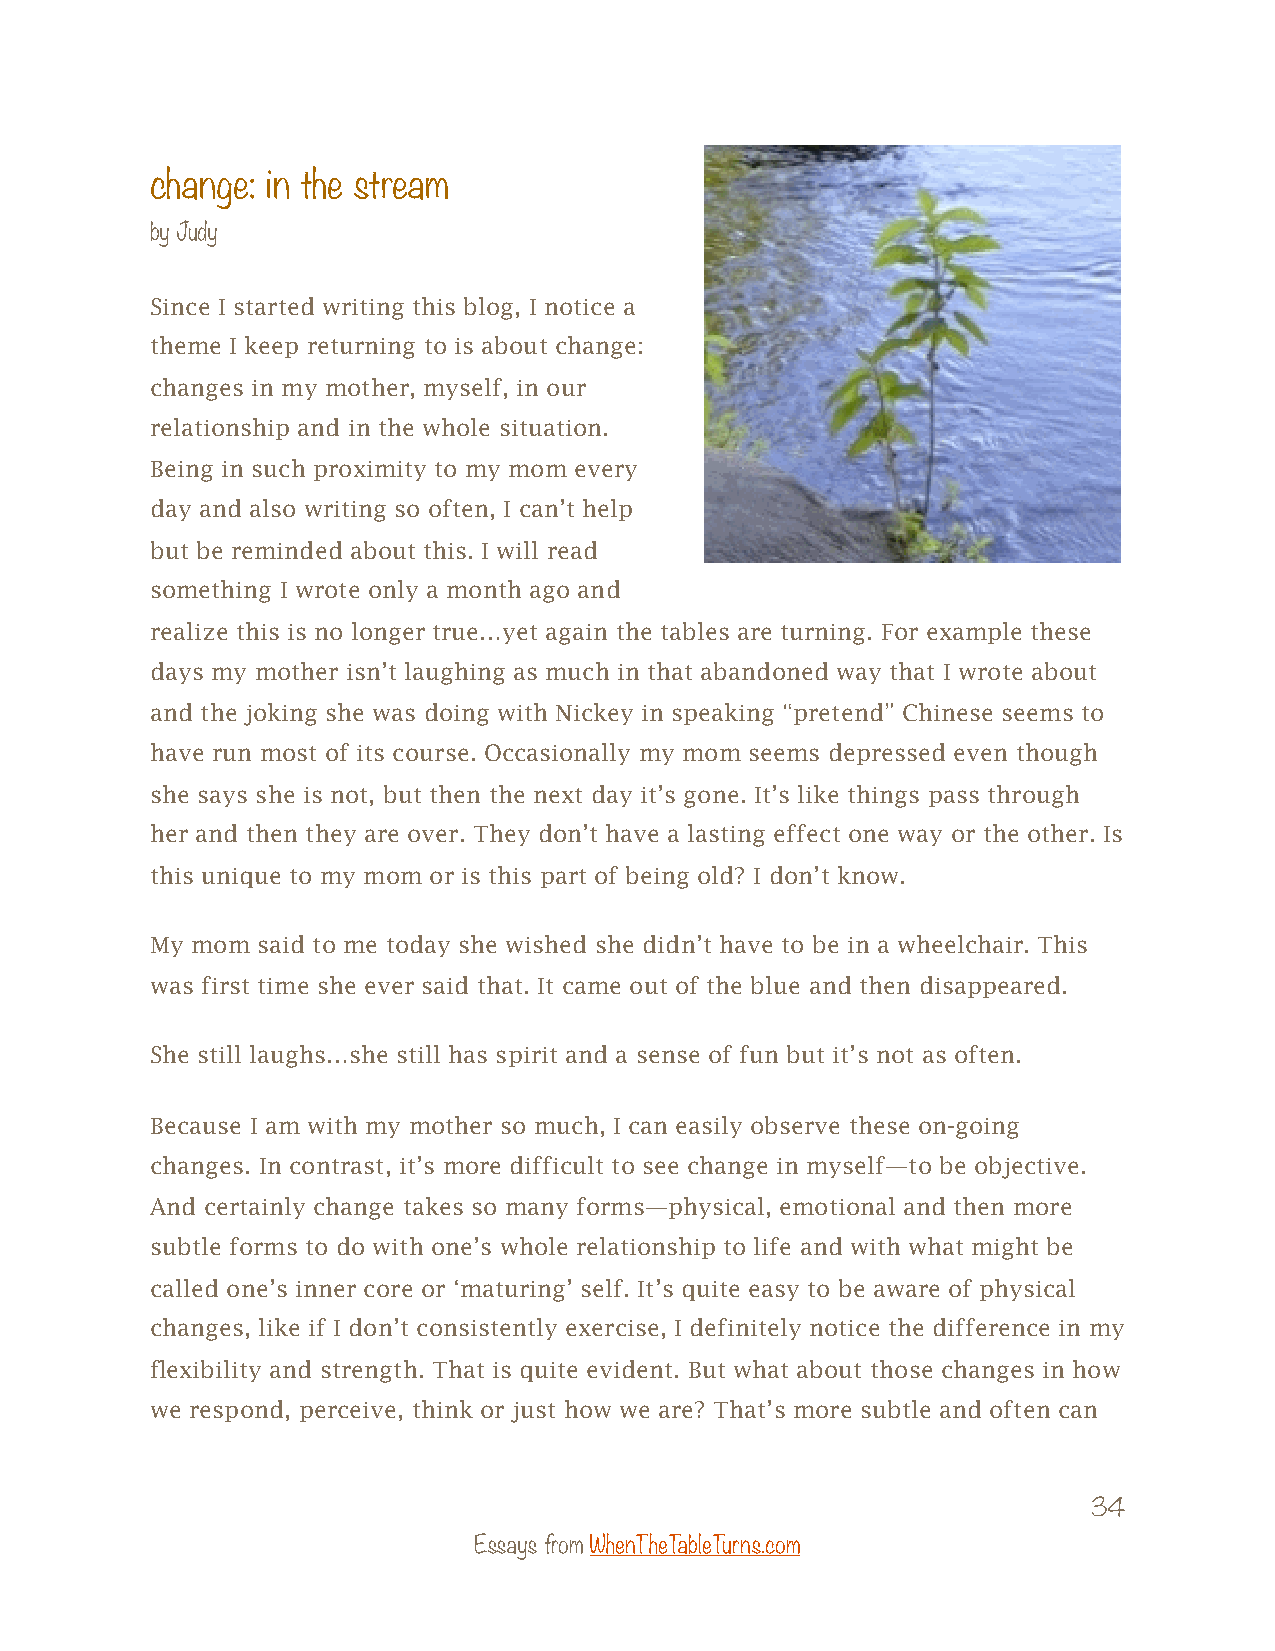
change: in the stream
 by Judy
 Since I started writing this blog, I notice a
 theme I keep returning to is about change:
 changes in my mother, myself, in our
 relationship and in the whole situation.
 Being in such proximity to my mom every
 day and also writing so often, I can’t help
 but be reminded about this. I will read
 something I wrote only a month ago and
 realize this is no longer true…yet again the tables are turning. For example these
 days my mother isn’t laughing as much in that abandoned way that I wrote about
 and the joking she was doing with Nickey in speaking “pretend” Chinese seems to
 have run most of its course. Occasionally my mom seems depressed even though
 she says she is not, but then the next day it’s gone. It’s like things pass through
 her and then they are over. They don’t have a lasting effect one way or the other. Is
 this unique to my mom or is this part of being old? I don’t know.
 My mom said to me today she wished she didn’t have to be in a wheelchair. This
 was first time she ever said that. It came out of the blue and then disappeared.
 She still laughs…she still has spirit and a sense of fun but it’s not as often.
 Because I am with my mother so much, I can easily observe these on-going
 changes. In contrast, it’s more difficult to see change in myself—to be objective.
 And certainly change takes so many forms—physical, emotional and then more
 subtle forms to do with one’s whole relationship to life and with what might be
 called one’s inner core or ‘maturing’ self. It’s quite easy to be aware of physical
 changes, like if I don’t consistently exercise, I definitely notice the difference in my
 flexibility and strength. That is quite evident. But what about those changes in how
 we respond, perceive, think or just how we are? That’s more subtle and often can
 34
 Essays from WhenTheTableTurns.com